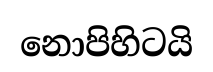
නොපිහිටයි